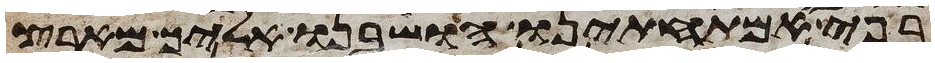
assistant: בפי אמתחתינו הושבנו אליך מארץ